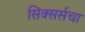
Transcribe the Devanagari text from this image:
सिक्सर्सचा